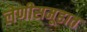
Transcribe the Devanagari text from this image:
लेणीसमूहात